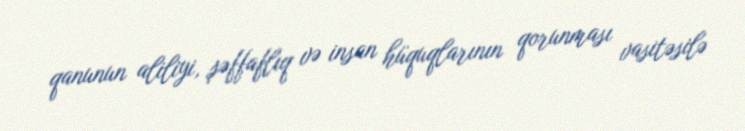
qanunun aliliyi, şəffaflıq və insan hüquqlarının qorunması vasitəsilə